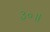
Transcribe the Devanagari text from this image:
३०॥